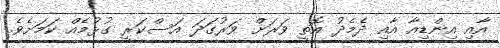
އާއި އިންޑިއާ އާއި ދެމެދު އޮތީ ވަރަށް ވަރުގަދަ އަސްކަރީ ގުޅުމެއް ކަމަށެވެ.